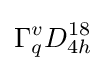
\Gamma _{q}^{v}D_{4h}^{18}